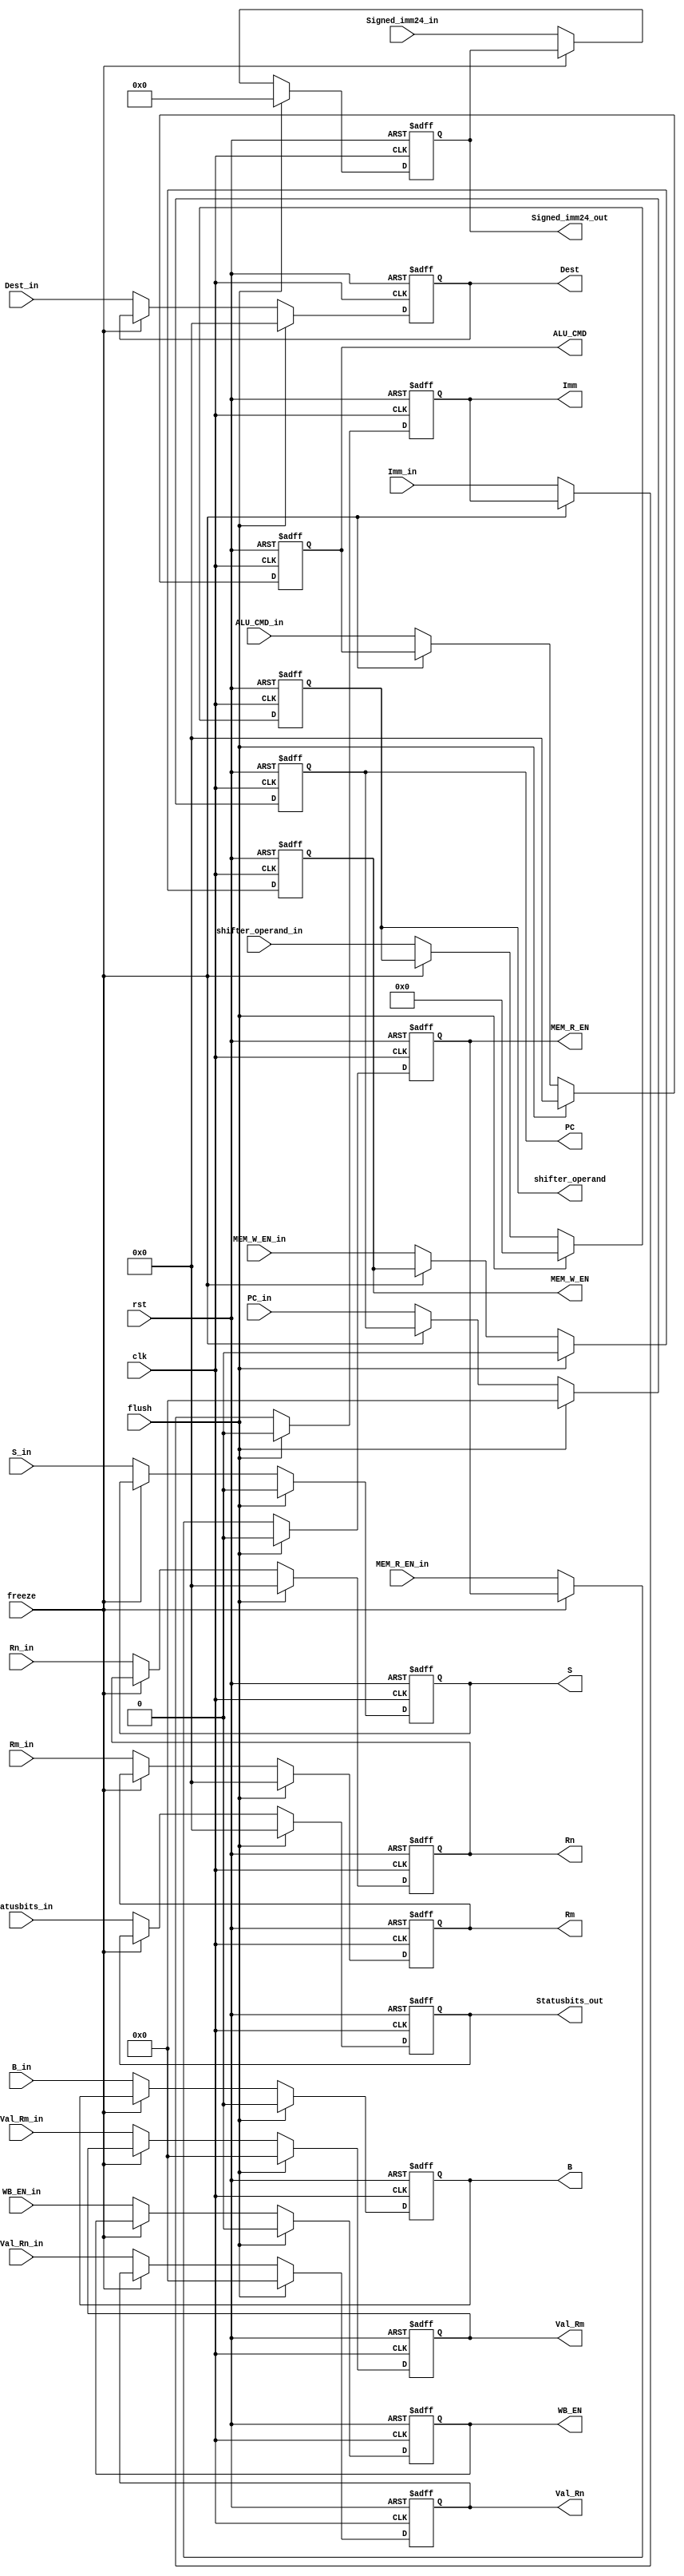
module ID_Stage_Reg(clk, rst, Rn_in, Rm_in, Statusbits_in, flush, PC_in, Val_Rn_in, Val_Rm_in, Signed_imm24_in,
                    WB_EN_in, MEM_R_EN_in, MEM_W_EN_in, S_in, B_in, Imm_in, 
                    shifter_operand_in, Dest_in, ALU_CMD_in, 
                    PC, Val_Rm, Val_Rn, Signed_imm24_out, WB_EN, MEM_R_EN, MEM_W_EN, S, B, Imm,
                    shifter_operand, Dest, ALU_CMD, Statusbits_out, Rn, Rm, freeze);
  input clk, rst, flush, freeze;
  input[3:0] Statusbits_in, Rm_in, Rn_in;
  input[31:0] PC_in;
  input[31:0] Val_Rn_in,Val_Rm_in;
  input[23:0] Signed_imm24_in;
  input[3:0] Dest_in, ALU_CMD_in;
  input[11:0] shifter_operand_in;
  input Imm_in, WB_EN_in, MEM_R_EN_in, MEM_W_EN_in, S_in, B_in;
  output reg[31:0] PC;
  output reg[31:0] Val_Rn,Val_Rm;
  output reg[23:0] Signed_imm24_out;
  output reg[3:0] Dest, ALU_CMD, Statusbits_out, Rn, Rm;
  output reg[11:0] shifter_operand;
  output reg Imm, WB_EN, MEM_R_EN, MEM_W_EN, S, B;
  
  
  
  always@(posedge clk, posedge rst)
    begin
      if(rst) begin
        PC <= 32'b0;
        {Val_Rn,Val_Rm} <= 64'b0;
        Dest <= 4'b0;
        ALU_CMD <= 4'b0;
        shifter_operand <= 12'b0;
        {Imm, WB_EN, MEM_R_EN, MEM_W_EN, S, B} <= 6'b0;
        Statusbits_out <= 4'b0;
        Signed_imm24_out <= 24'b0;
        Rn <= 4'b0;
        Rm <= 4'b0;
      end
      else if(flush) begin
        PC <= 32'b0;
        {Val_Rn,Val_Rm} <= 64'b0;
        Dest <= 4'b0;
        ALU_CMD <= 4'b0;
        shifter_operand <= 12'b0;
        {Imm, WB_EN, MEM_R_EN, MEM_W_EN, S, B} <= 6'b0;
        Statusbits_out <= 4'b0;
        Signed_imm24_out <= 24'b0;
        Rn <= 4'b0;
        Rm <= 4'b0;
      end
      else if(~freeze) begin
        PC <= PC_in;
        {Val_Rn,Val_Rm} <= {Val_Rn_in,Val_Rm_in};
        Dest <= Dest_in;
        ALU_CMD <= ALU_CMD_in;
        shifter_operand <= shifter_operand_in;
        {Imm, WB_EN, MEM_R_EN, MEM_W_EN, S, B} <= {Imm_in, WB_EN_in, MEM_R_EN_in, MEM_W_EN_in, S_in, B_in};
        Statusbits_out <= Statusbits_in;
        Signed_imm24_out <= Signed_imm24_in;
        Rn <= Rn_in;
        Rm <= Rm_in;
        end
    end
    
endmodule